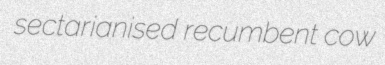
sectarianised recumbent cow